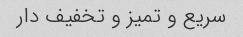
سریع و تمیز و تخفیف دار